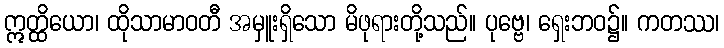
ဣတ္ထိယော၊ ထိုသာမာဝတီ အမှူးရှိသော မိဖုရားတို့သည်။ ပုဗ္ဗေ၊ ရှေးဘဝ၌။ ကတဿ၊